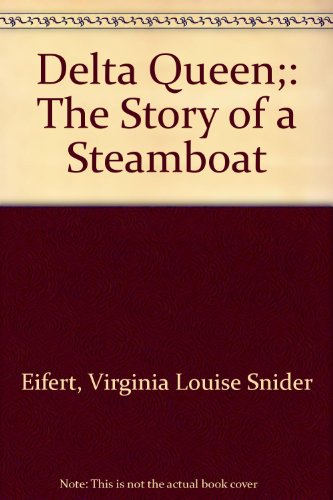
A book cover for Delta Queen;: The Story of a Steamboat; Virginia Louise Snider Eifert; Travel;